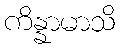
ကိန္နာမာသိ